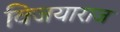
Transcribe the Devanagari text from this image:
विजयाराज